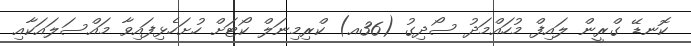
ކޮނޑޭ ގްރީން ލައިފް މުހައްމަދު ސޯދިގު (36އ) ކްރިމިނަލް ކޯޓަށް ހުށަހެޅިފައިވާ މައްސަލައަކާއި